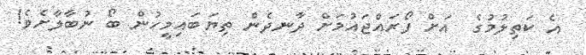
އެ ކަތިލުމުގެ  އަށް ފޯރައްޖައުމަށް ދާނދެން ތިޔަބައިމީހުން ބޯ ނުބާލާށެވެ!